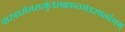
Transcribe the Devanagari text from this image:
चारुहासंलसत्कुंडलक्रान्तगंडस्थलांगम्‌